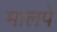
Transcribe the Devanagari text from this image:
मालपे